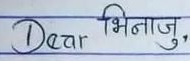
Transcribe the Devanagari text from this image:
Dear भिनाजु,